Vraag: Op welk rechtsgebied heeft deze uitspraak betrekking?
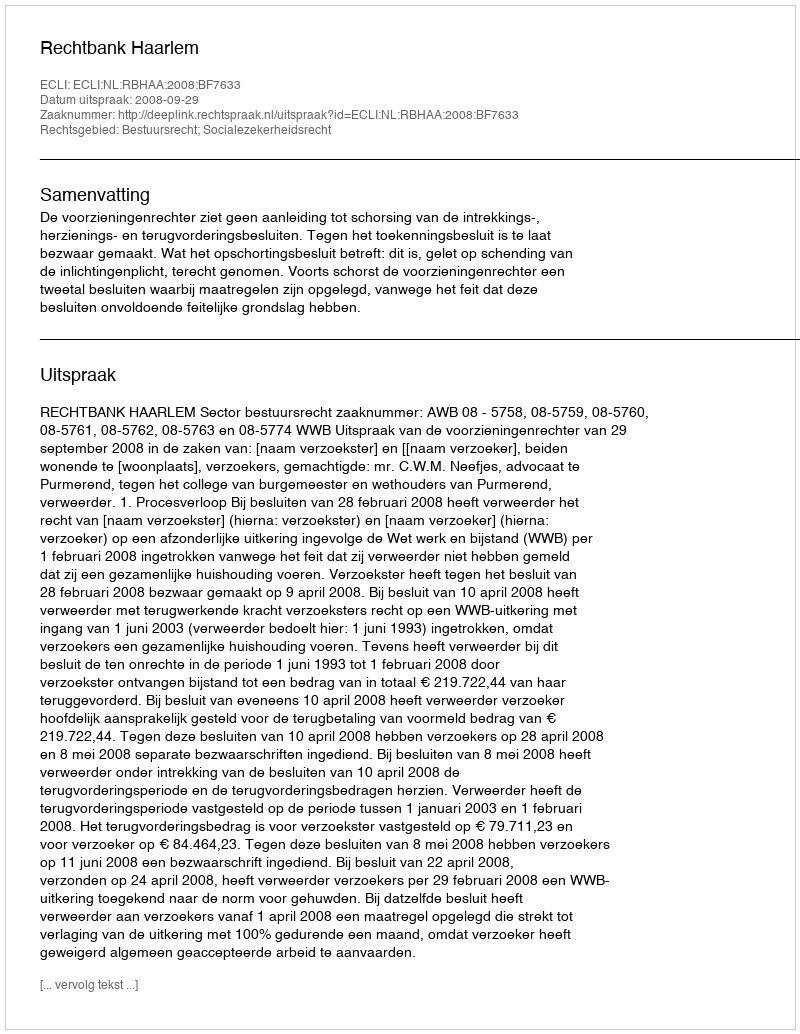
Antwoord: Bestuursrecht; Socialezekerheidsrecht